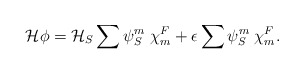
\begin{align*}{\cal H} \phi = {\cal H}_S \sum {\psi}^m_S \;{\chi}^F_m + \epsilon\sum {\psi}^m_S \;{\chi}^F_m.\end{align*}